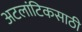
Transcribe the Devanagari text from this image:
अटलांटिकसाठी